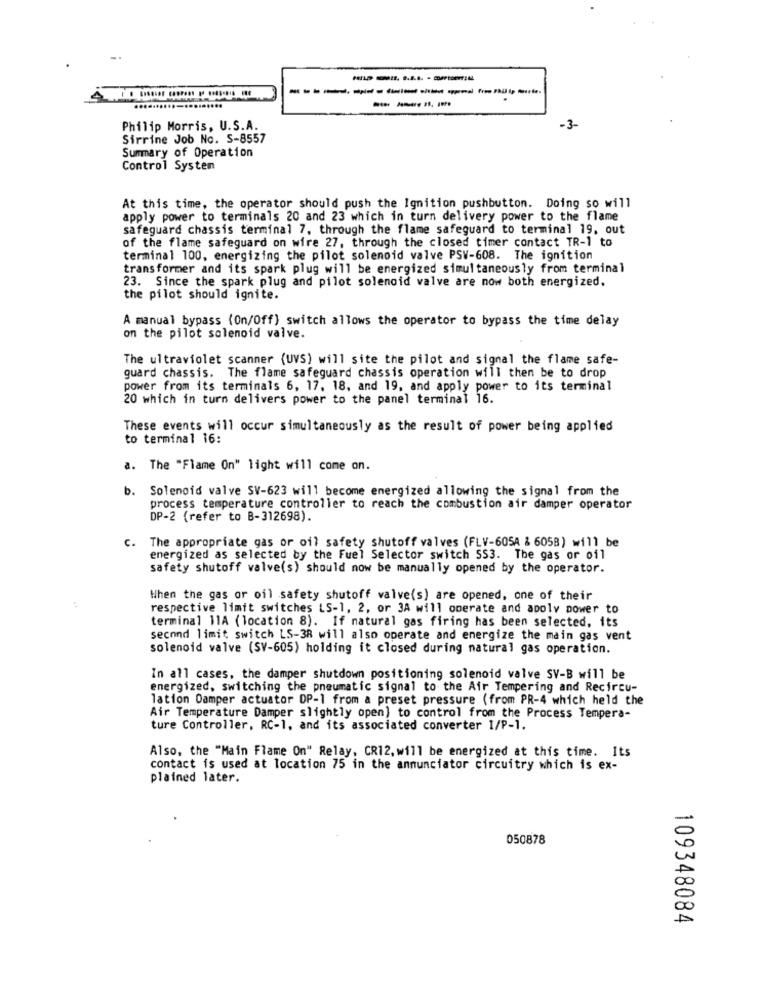
Philip Morris, U.S.A.
-3-
Sirrine Job No. S-8557
Summary of Operation
Control Systen
At this time, the operator should push the Ignition pushbutton. Doing so will
apply power to terminals 20 and 23 which in turn delivery power to the flame
safeguard chassis terminal 7, through the flame safeguard to terminal 19, out
of the flame safeguard on wire 27, through the closed timer contact TR-1 to
terminal 100, energizing the pilot solenoid valve PSV-608. The ignition
transformer and its spark plug will be energized simultaneously from terminal
23. Since the spark plug and pilot solenoid valve are now both energized.
the pilot should ignite.
A manual bypass (On/Off) switch allows the operator to bypass the time delay
on the pilot solenoid valve.
The ultraviolet scanner (UVS) will site the pilot and signal the flame safe-
guard chassis. The flame safeguard chassis operation will then be to drop
power from its terminals 6, 17. 18, and 19, and apply power to its terminal
20 which in turn delivers power to the panel terminal 16.
These events will occur simultaneously as the result of power being applied
to terminal 16:
a. The "Flame On" light will come on.
b. Solenoid valve SV-623 will become energized allowing the signal from the
process temperature controller to reach the combustion air damper operator
DP-2 (refer to B-312698).
c.
The appropriate gas or oil safety shutoff valves (FLV-605A & 605B) will be
energized as selected by the Fuel Selector switch SS3. The gas or oil
safety shutoff valve(s) should now be manually opened by the operator.
When the gas or oil safety shutoff valve(s) are opened, one of their
respective limit switches LS-1, 2, or 3A will operate and apoly power to
terminal 11A (location 8). If natural gas firing has been selected, its
second limit switch LS-38 will also operate and energize the main gas vent
solenoid valve (SV-605) holding it closed during natural gas operation.
In all cases, the damper shutdown positioning solenoid valve SV-B will be
energized, switching the pneumatic signal to the Air Tempering and Recircu-
lation Damper actuator DP-1 from a preset pressure (from PR-4 which held the
Air Temperature Damper slightly open] to control from the Process Tempera-
ture Controller, RC-1, and its associated converter 1/P-1.
Also, the "Main Flame On" Relay, CR12, will be energized at this time. Its
contact is used at location 75 in the annunciator circuitry which is ex-
plained later.
050878
109348084